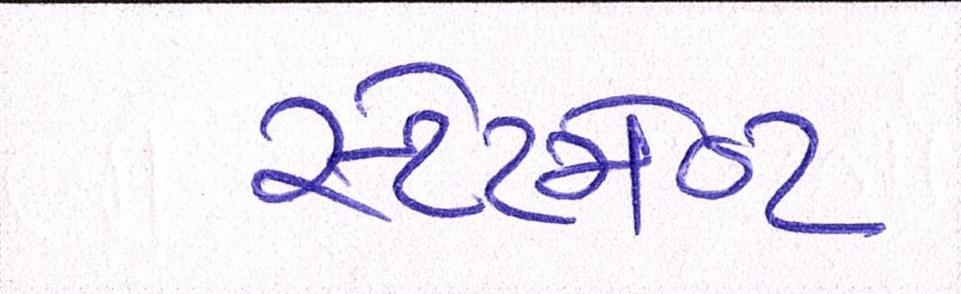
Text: સ્ટેટમેન્ટ